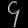
Digit: ၄